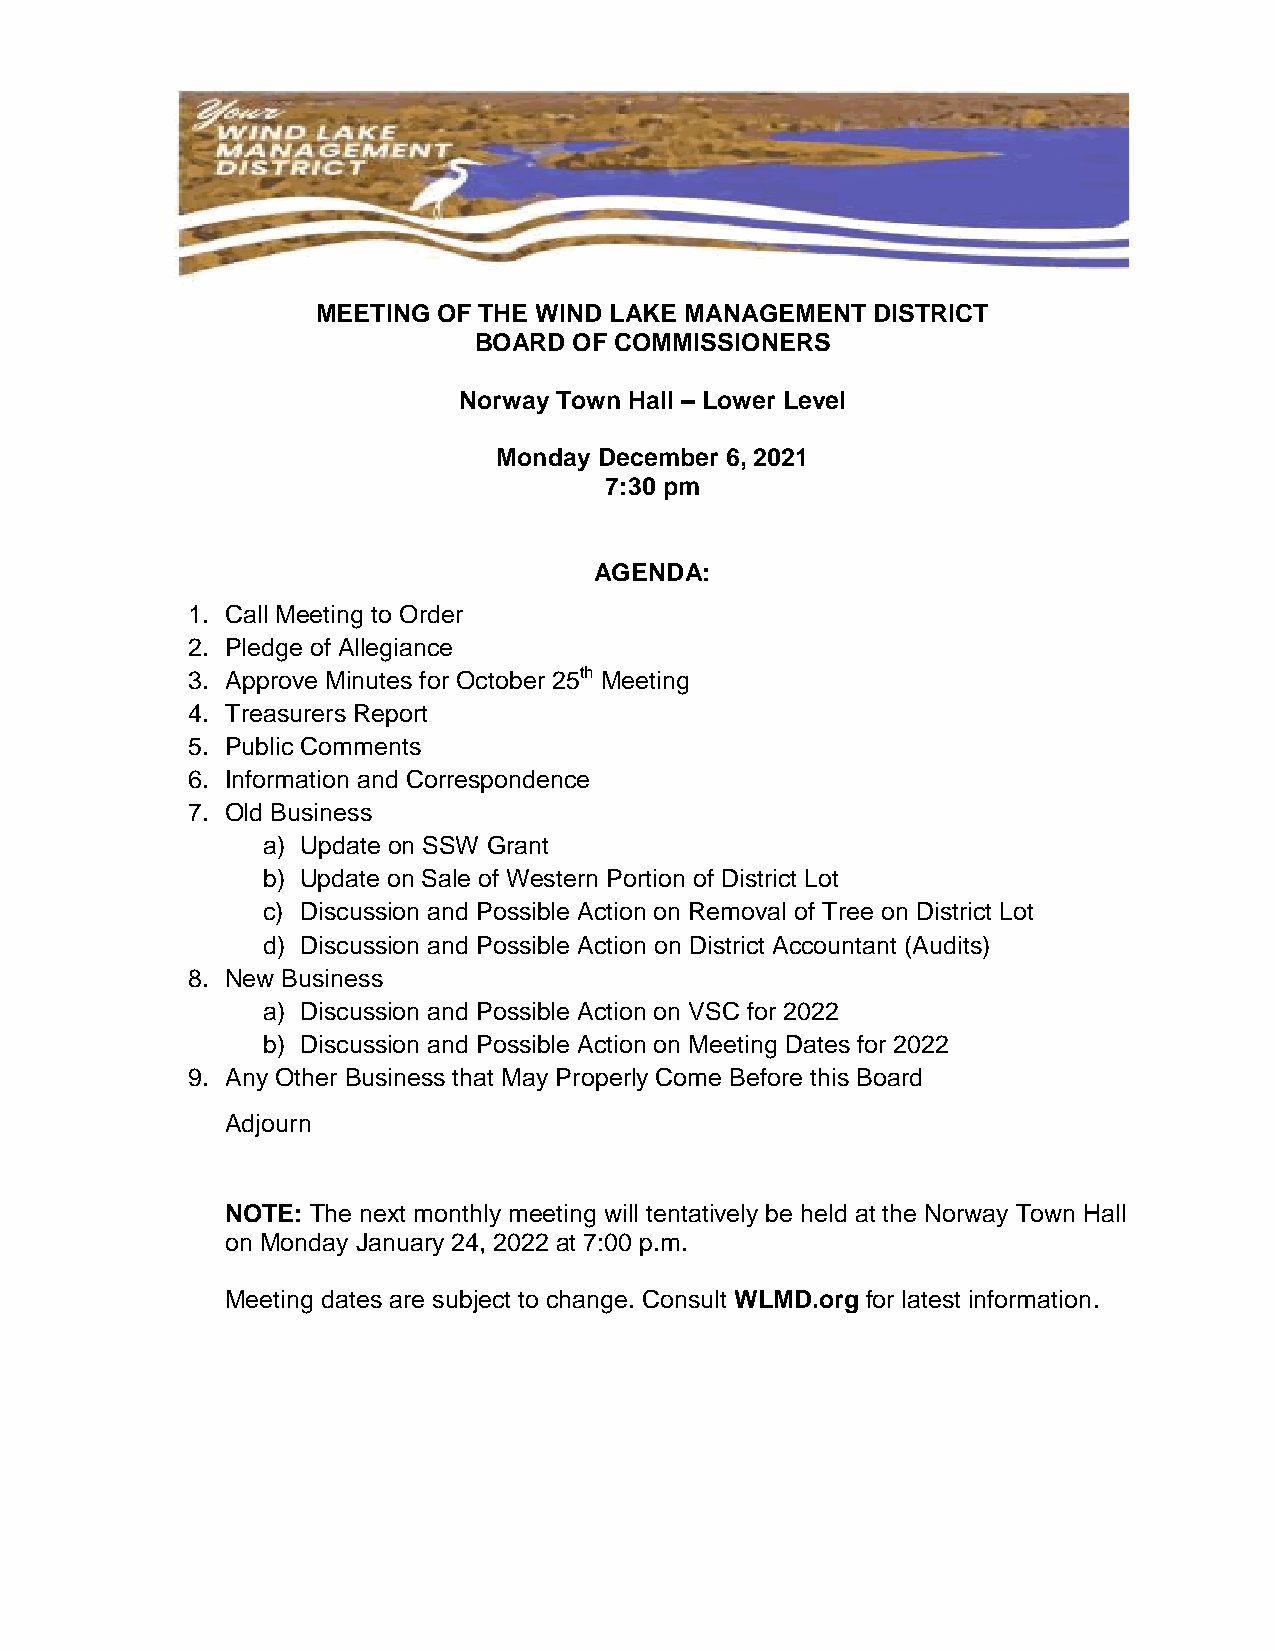
MEETING OF THE WIND LAKE MANAGEMENT  DISTRICT
 BOARD  OF COMMISSIONERS
 Norway Town Hall – Lower Level
 Monday December 6, 2021
 7:30 pm
 AGENDA:
 1. Call Meeting to Order
 2. Pledge of Allegiance
 3. Approve Minutes for October 25th Meeting
 4. Treasurers Report
 5. Public Comments
 6. Information and Correspondence
 7. Old Business
 a) Update on SSW Grant
 b) Update on Sale of Western Portion of District Lot
 c) Discussion and Possible Action on Removal of Tree on District Lot
 d) Discussion and Possible Action on District Accountant (Audits)
 8. New Business
 a) Discussion and Possible Action on VSC for 2022
 b) Discussion and Possible Action on Meeting Dates for 2022
 9. Any Other Business that May Properly Come Before this Board
 Adjourn
 NOTE: The next monthly meeting will tentatively be held at the Norway Town Hall
 on Monday January 24, 2022 at 7:00 p.m.
 Meeting dates are subject to change. Consult WLMD.org for latest information.